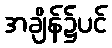
အချိန်၌ပင်